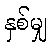
နှစ်မျှ